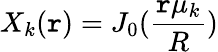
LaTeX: X_{k}(\mathtt{r})=J_{0}(\frac{{\mathtt{r}\mu_{k}}}{{R}})